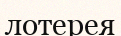
лотерея